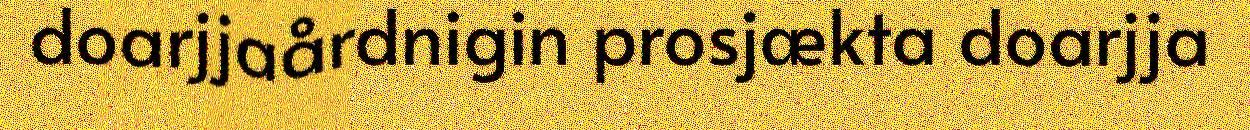
doarjjaårdnigin prosjækta doarjja